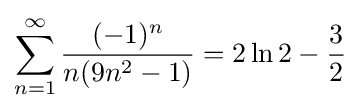
\sum _{n=1}^{\infty }{\frac {(-1)^{n}}{n(9n^{2}-1)}}=2\ln 2-{\frac {3}{2}}